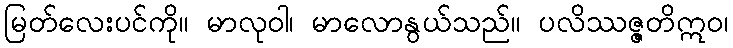
မြတ်လေးပင်ကို။ မာလုဝါ၊ မာလောနွယ်သည်။ ပလိဿဇ္ဇတိဣဝ၊